Report on vaccination North-West Frontier Province 1904-1922 - 1904-1922
Year: 1904
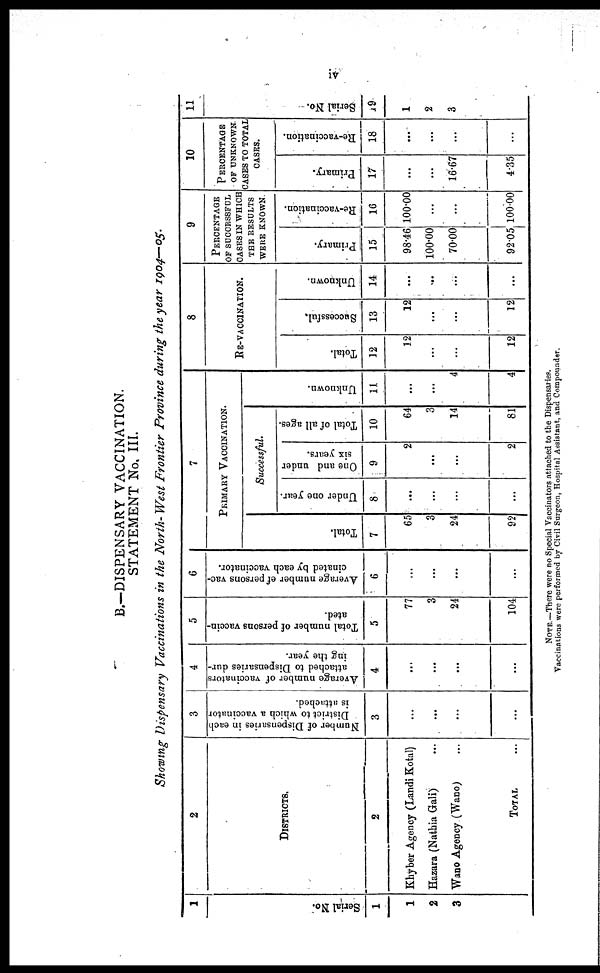
iv
B.—DISPENSARY VACCINATION.
STATEMENT No. III.
Showing Dispensary Vaccinations in the North- West Frontier Province during the year 1904—05.
1
Serial No.
1
1
2
3
2
DISTRICTS.
2
Khyber Agency (Landi Kotal)
Hazara (Nathia Gali) ...
Wano Agency (Wano) ...
TOTAL ...
3
Number of Dispensaries in each
District to which a vaccinator
is attached.
3
...
...
...
...
4
Average number of vaccinators
attached to Dispensaries dur-
ing the year.
4
...
...
...
...
5
Total number of persons vaccin-
ated.
5
77
3
24
104
6
Average number of persons vac-
cinated by each vaccinator.
6
...
...
...
...
7
PRIMARY VACCINATION.
Total.
7
65
3
24
92
Successful.
Under one year.
8
...
...
...
...
One and under
six years.
9
2
...
...
2
Total of all ages.
10
64
3
14
81
Unknown.
11
...
...
4
4
8
RE-VACCINATION.
Total.
12
12
...
...
12
Successful.
13
12
...
...
12
Unknown.
14
...
...
...
...
9
PERCENTAGE
OF SUCCESSFUL
CASES IN WHICH
THE RESULTS
WERE KNOWN
Primary.
15
98.46
100.00
70.00
92.05
Re-vaccination.
16
100.00
...
...
100.00
10
PERCENTAGE
OF UNKNOWN
CASES TO TOTAL
CASES.
Primary.
17
...
...
16.67
4.35
Re-vaccination.
18
...
...
...
...
11
Serial No.
19
1
2
3
NOTE —There were no Special Vaccinators attached to the Dispensaries.
Vaccinations were performed by Civil Surgeon, Hospital Assittant, and Compounder.